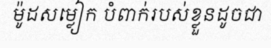
ម៉ូដសម្លៀក បំពាក់របស់ខ្លួនដូចជា